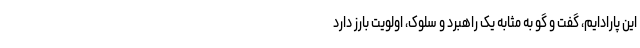
این پارادایم، گفت و گو به مثابه یک راهبرد و سلوک، اولویت بارز دارد